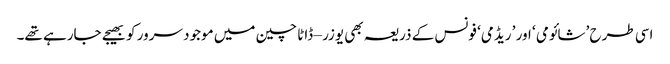
اسی طرح ’شائومی ‘ اور ’ ریڈمی‘ فونس کے ذریعہ بھی یوزر – ڈاٹا چین میں موجود سرور کو بھیجے جارہے تھے۔